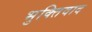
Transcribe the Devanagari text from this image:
भुक्तिवाद